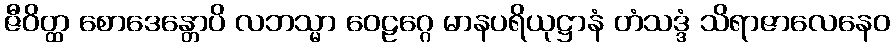
ဇီဝိတ္ထ စောဒေန္တောပိ လဘသ္မာ ဝေဠဂ္ဂေ မာနပရိယုဋ္ဌာနံ တံသဒ္ဒံ သိရာဇာလေနေဝ